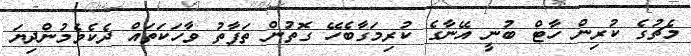
މެޗުގެ ކުރިން ހާޓް ބުނީ އޭނާގެ ކުރިމަގާބެހޭ ގޮތުން ތަފާތު ވާހަކަތައް ދެކެވެމުންދިޔަ